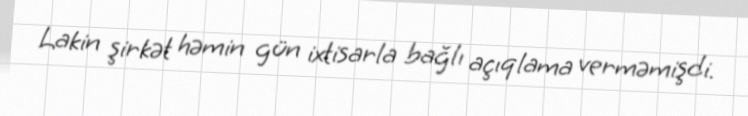
Lakin şirkət həmin gün ixtisarla bağlı açıqlama verməmişdi.